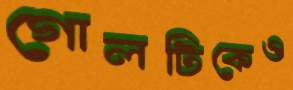
গোলটিকেও